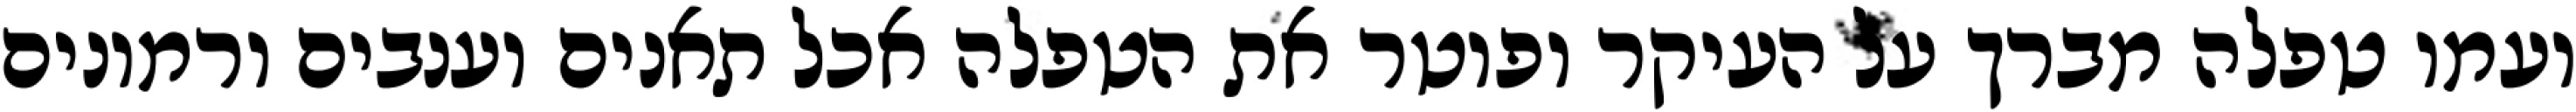
ועמו טפלה מברך על העיקר ופוטר את הטפלה אכל תאנים וענבים ורמונים